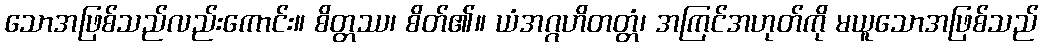
သောအဖြစ်သည်လည်းကောင်း။ စိတ္တဿ၊ စိတ်၏။ ယံအဂ္ဂဟိတတ္တံ၊ အကြင်အဟုတ်ကို မယူသောအဖြစ်သည်